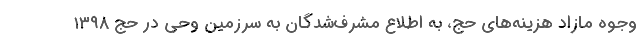
وجوه مازاد هزینه‌های حج، به اطلاع مشرف‌شدگان به سرزمین وحی در حج ۱۳۹۸